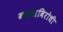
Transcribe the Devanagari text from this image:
कामाविरोधी